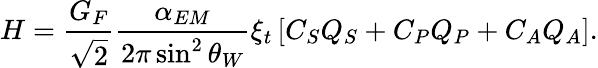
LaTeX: H=\frac{G_{F}}{\sqrt{2}}\frac{\alpha_{EM}}{2\pi\sin^{2}\theta_{W}}\xi_{t}\left[C_{S}Q_{S}+C_{P}Q_{P}+C_{A}Q_{A}\right].